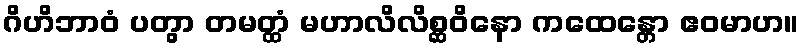
ဂိဟိဘာဝံ ပတွာ တမတ္ထံ မဟာလိလိစ္ဆဝိနော ကထေန္တော ဧဝမာဟ။